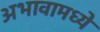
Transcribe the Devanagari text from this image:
अभावामध्ये